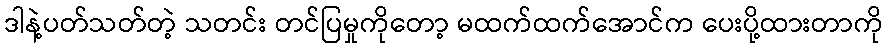
ဒါနဲ့ပတ်သတ်တဲ့ သတင်း တင်ပြမှုကိုတော့ မထက်ထက်အောင်က ပေးပို့ထားတာကို